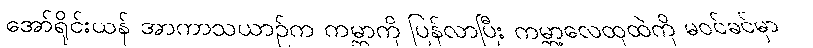
အော်ရိုင်းယန် အာကာသယာဉ်က ကမ္ဘာကို ပြန်လာပြီး ကမ္ဘာ့လေထုထဲကို မဝင်ခင်မှာ